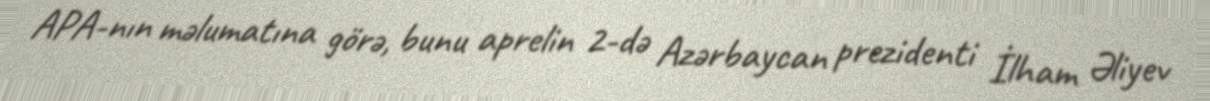
APA-nın məlumatına görə, bunu aprelin 2-də Azərbaycan prezidenti İlham Əliyev